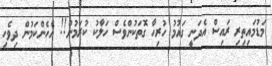
މަޑުމައިތިރި ރައިސް އެދަނީ ގައުމު ހުރިހާ ގޮތަކުންވެސް ހަލާކު ކުރަމުން!! އެހެންކަމުން ދިވެހި